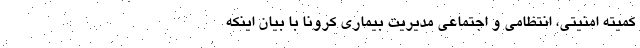
کمیته امنیتی، انتظامی و اجتماعی مدیریت بیماری کرونا با بیان اینکه